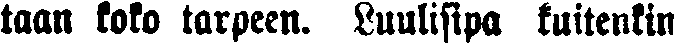
taan koko tarpeen. Luulisipa kuitenkin